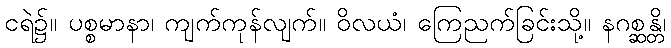
ငရဲ၌။ ပစ္စမာနာ၊ ကျက်ကုန်လျက်။ ဝိလယံ၊ ကြေညက်ခြင်းသို့။ နဂစ္ဆန္တိ၊